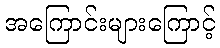
အကြောင်းများကြောင့်